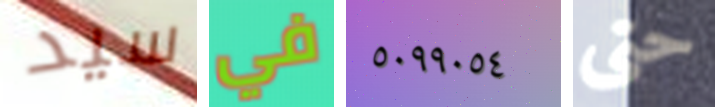
سيد في ٥٠٩٩٠٥٤ حتى